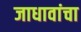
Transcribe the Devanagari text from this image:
जाधावांचा